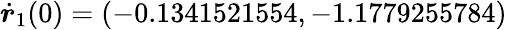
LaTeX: \dot{\boldsymbol{r}}_{1}(0)=(-0.1341521554,-1.1779255784)